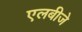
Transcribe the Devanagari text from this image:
एलबीजे